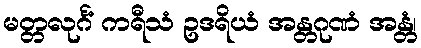
မတ္တလုင်္ဂံ ကရီသံ ဥဒရိယံ အန္တဂုဏံ အန္တံ၊